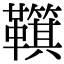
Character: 𩍮